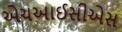
એચઆઈસીએસ